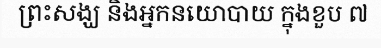
ព្រះសង្ឃ និងអ្នកនយោបាយ ក្នុងខួប ៧